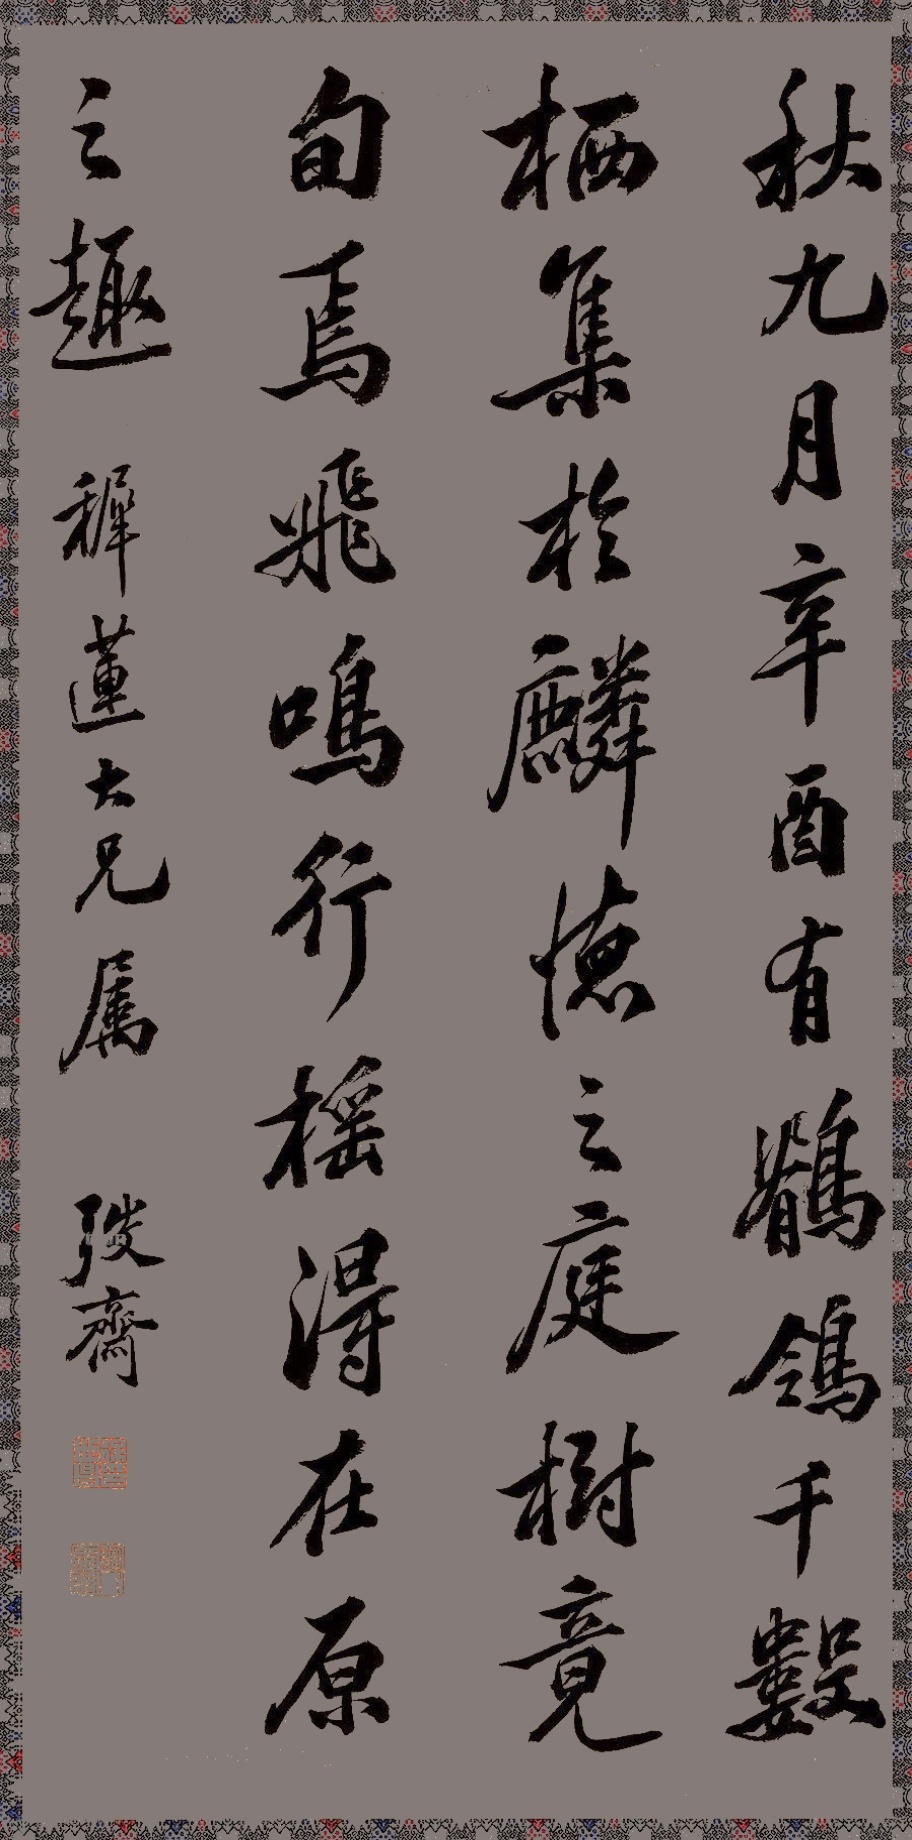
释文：秋九月辛酉，有鹡鸰千数，栖集于麟德之庭树，竟旬焉，飞鸣行摇，得在原之趣。稺莲大兄书，弢斋。